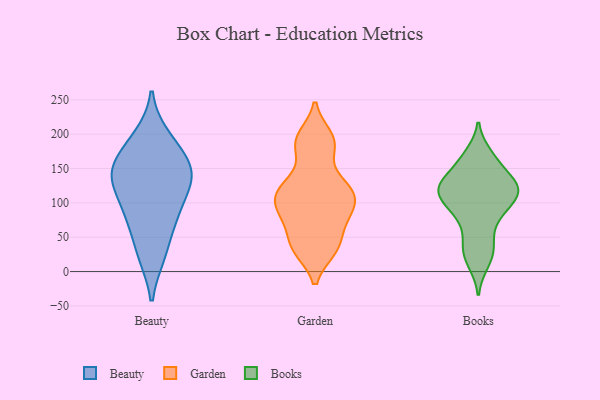
{"axis": {"x": "Population (Million)", "y": "Value"}, "legend": ["Beauty", "Books", "Garden"], "data": [{"x": "", "y": 196, "type": "Beauty"}, {"x": "", "y": 190, "type": "Beauty"}, {"x": "", "y": 110, "type": "Beauty"}, {"x": "", "y": 153, "type": "Beauty"}, {"x": "", "y": 138, "type": "Beauty"}, {"x": "", "y": 79, "type": "Beauty"}, {"x": "", "y": 143, "type": "Beauty"}, {"x": "", "y": 121, "type": "Beauty"}, {"x": "", "y": 169, "type": "Beauty"}, {"x": "", "y": 148, "type": "Beauty"}, {"x": "", "y": 24, "type": "Beauty"}, {"x": "", "y": 138, "type": "Beauty"}, {"x": "", "y": 77, "type": "Beauty"}, {"x": "", "y": 76, "type": "Beauty"}, {"x": "", "y": 24, "type": "Beauty"}, {"x": "", "y": 195, "type": "Garden"}, {"x": "", "y": 129, "type": "Garden"}, {"x": "", "y": 113, "type": "Garden"}, {"x": "", "y": 95, "type": "Garden"}, {"x": "", "y": 188, "type": "Garden"}, {"x": "", "y": 74, "type": "Garden"}, {"x": "", "y": 34, "type": "Garden"}, {"x": "", "y": 77, "type": "Garden"}, {"x": "", "y": 181, "type": "Garden"}, {"x": "", "y": 39, "type": "Garden"}, {"x": "", "y": 125, "type": "Garden"}, {"x": "", "y": 114, "type": "Garden"}, {"x": "", "y": 97, "type": "Garden"}, {"x": "", "y": 33, "type": "Garden"}, {"x": "", "y": 161, "type": "Books"}, {"x": "", "y": 32, "type": "Books"}, {"x": "", "y": 104, "type": "Books"}, {"x": "", "y": 74, "type": "Books"}, {"x": "", "y": 171, "type": "Books"}, {"x": "", "y": 118, "type": "Books"}, {"x": "", "y": 144, "type": "Books"}, {"x": "", "y": 118, "type": "Books"}, {"x": "", "y": 12, "type": "Books"}, {"x": "", "y": 122, "type": "Books"}, {"x": "", "y": 124, "type": "Books"}, {"x": "", "y": 99, "type": "Books"}, {"x": "", "y": 127, "type": "Books"}, {"x": "", "y": 83, "type": "Books"}, {"x": "", "y": 39, "type": "Books"}]}